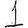
Digit: 1